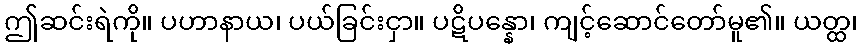
ဤဆင်းရဲကို။ ပဟာနာယ၊ ပယ်ခြင်းငှာ။ ပဋိပန္နော၊ ကျင့်ဆောင်တော်မူ၏။ ယတ္ထ၊